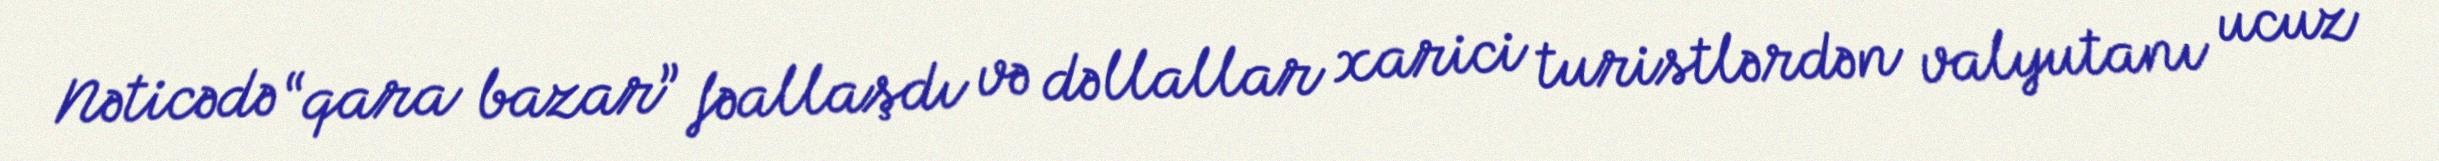
Nəticədə “qara bazar” fəallaşdı və dəllallar xarici turistlərdən valyutanı ucuz